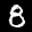
Label: 8